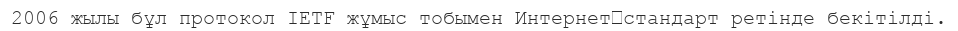
2006 жылы бұл протокол IETF жұмыс тобымен Интернет‐стандарт ретінде бекітілді.